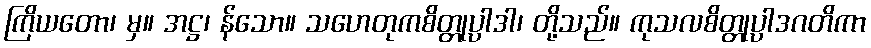
ကြိယတော၊ မှ။ အဋ္ဌ၊ န်သော။ သဟေတုကစိတ္တုပ္ပါဒါ၊ တို့သည်။ ကုသလစိတ္တုပ္ပါဒဂတိကာ